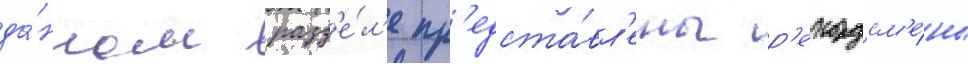
да́нном разд'е́л'е пр'едста́вл'ены р'екордсм'е́ны